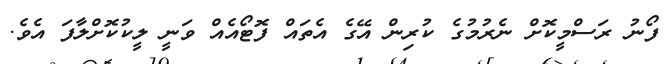
ފޯނު ރަސްމީކޮށް ނެރުމުގެ ކުރިން އޭގެ އެތައް ފޮޓޯއެއް ވަނީ ލީކުކޮށްލާފަ އެވެ.